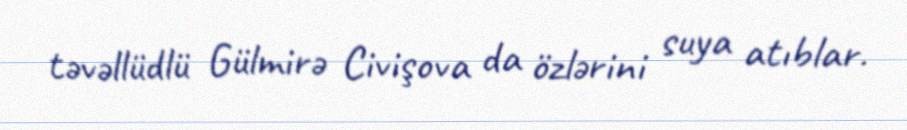
təvəllüdlü Gülmirə Civişova da özlərini suya atıblar.